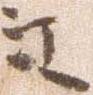
江